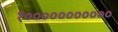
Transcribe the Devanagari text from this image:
१०००००००००००